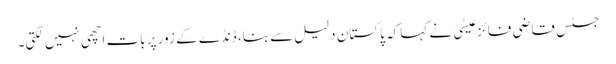
جسٹس قاضی فائز عیسٰی نے کہا کہ پاکستان دلیل سے بنا، ڈنڈے کے زور پر بات اچھی نہیں لگتی۔